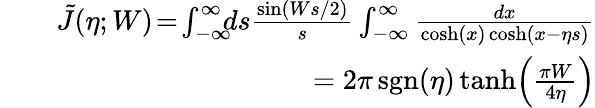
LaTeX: \begin{array}{rlr}&{}&{\tilde{J}(\eta;W)\! =\! \int_{-\infty}^{\infty}\! \! \! ds\frac{\sin(Ws/2)}{s}\int_{-\infty}^{\infty}\frac{dx}{\cosh(x)\cosh(x-\eta s)}}\\ &{}&{=2\pi\, \mathrm{sgn}(\eta)\operatorname{tanh}\! \left(\frac{\pi W}{4\eta}\right)}\end{array}